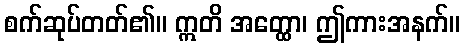
စက်ဆုပ်တတ်၏။ ဣတိ အတ္ထော၊ ဤကားအနက်။